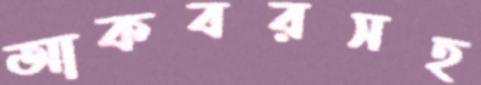
আকবরসহ